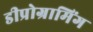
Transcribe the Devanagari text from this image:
डीप्रोग्रामिंग